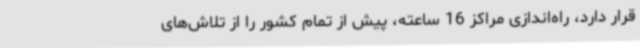
قرار دارد، راه‌اندازی مراکز 16 ساعته، پیش از تمام کشور را از تلاش‌های